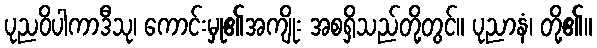
ပုညဝိပါကာဒီသု၊ ကောင်းမှု၏အကျိုး အစရှိသည်တို့တွင်။ ပုညာနံ၊ တို့၏။